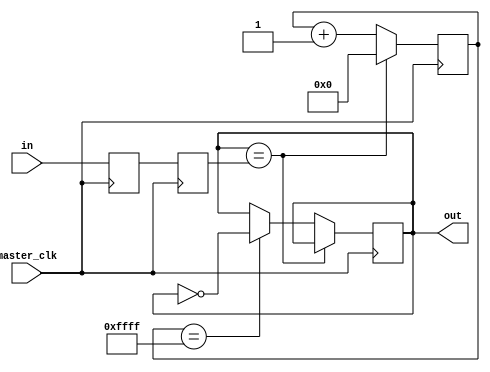
`timescale 1ns / 1ps
//////////////////////////////////////////////////////////////////////////////////
// Company: 
// Engineer: 
// 
// Design Name: 
// Module Name: debounce
// Project Name: 
// Target Devices: 
// Tool Versions: 
// Description: 
// 
// Dependencies: 
// 
// Revision:
// Revision 0.01 - File Created
// Additional Comments:
// 
//////////////////////////////////////////////////////////////////////////////////


module debounce(in, master_clk, out);
    input in; // button signal
    input master_clk;
    output out; // debounced state of button
    
    reg meta_sync0; // sync button to clk
    reg meta_sync1;
    reg debouncer; // store debounce state
    reg [15:0] cnt = 16'd0; // track time
    
    // sync button signal to the clock
    always @ (posedge master_clk) begin
        // capture button signal on each rising edge of clock
        meta_sync0 <= in;
    end
    always @ (posedge master_clk) begin
        // capture synced sig on next rising edge
        meta_sync1 <= meta_sync0;
    end
    
    // check if debounced state matches the synced button signal
    // if match then reset
    // if not match then update debounce state when cnt reaches its max val ffff
    always @ (posedge master_clk) begin
        if (debouncer == meta_sync1) begin
            cnt <= 16'd0;
        end
        else begin
            cnt <= cnt + 1'b1;
            if (cnt == 16'hffff) begin
                // button must stay pushed for ffff time in order to be consdered a push and not noise
                    debouncer <= ~out;
            end
        end
    end
    
    // set outputs
    assign out = debouncer;


endmodule